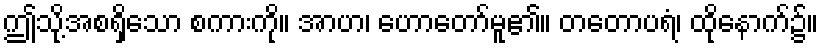
ဤသို့အစရှိသော စကားကို။ အာဟ၊ ဟောတော်မူ၏။ တတောပရံ၊ ထိုနောက်၌။